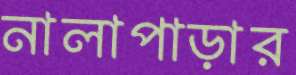
নালাপাড়ার